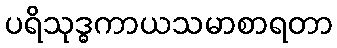
ပရိသုဒ္ဓကာယသမာစာရတာ